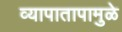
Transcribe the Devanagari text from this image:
व्यापातापामुळे